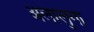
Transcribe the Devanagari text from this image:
अलालुंगा